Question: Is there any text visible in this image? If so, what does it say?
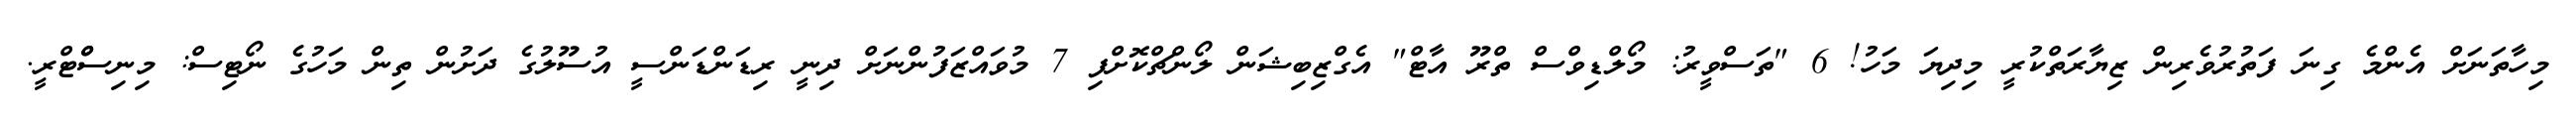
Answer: މިހާތަނަށް އެންމެ ގިނަ ފަތުރުވެރިން ޒިޔާރަތްކުރީ މިދިޔަ މަހު! 6 "ތަސްވީރު: މޯލްޑިވްސް ތްރޫ އާޓް" އެގްޒިބިޝަން ލޯންޗްކޮށްފި 7 މުވައްޒަފުންނަށް ދިނީ ރިޑަންޑަންސީ އުސޫލުގެ ދަށުން ތިން މަހުގެ ނޯޓިސް: މިނިސްްޓްރީ.